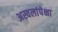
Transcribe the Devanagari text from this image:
अस्वलांपेक्षा